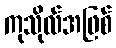
ကုသိုလ်အဖြစ်